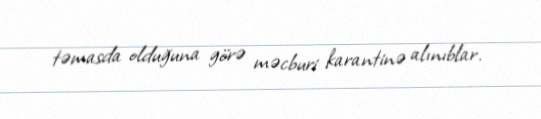
təmasda olduğuna görə məcburi karantinə alınıblar.